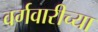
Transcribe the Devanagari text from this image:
वर्गवारीच्या